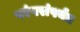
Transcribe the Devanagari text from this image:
परंपरांपर्यंत